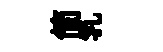
简乳